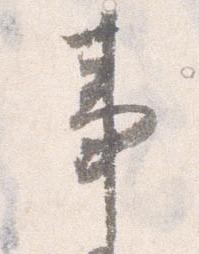
事